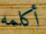
أكلمه